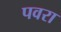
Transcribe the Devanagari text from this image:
पवरा